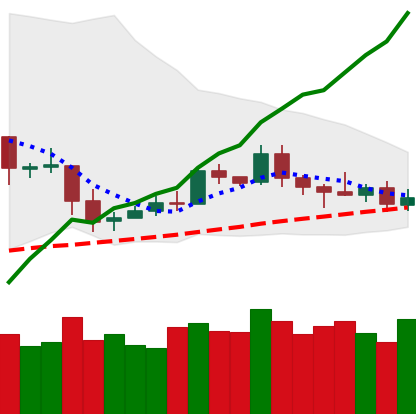
Ticker: ETC-USD
Chart end date: 2019-05-10
Forward return: 34.552%
Label: up_7plus